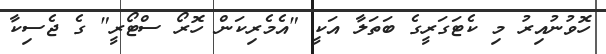
ހޮވުނުއިރު މި ކެޓަގަރީގެ ބަތަލާ އަކީ "އެމެރިކަން ހޮރޯ ސްޓޯރީ" ގެ ޖެސިކާ